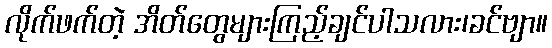
လိုက်ဖက်တဲ့ အိတ်တွေများကြည့်ချင်ပါသလား၊ခင်ဗျာ။